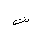
Letter: _dad